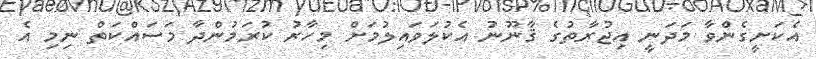
އެކަށީގެންވާ މަދަނީ އިޖުރާތުގެ ޤާނޫނު އެކުލަވައިލުމަށް މިހާރު ކުރަމުންދާ މަސައްކަތް ނިމި އެ